Document type: Acquittance
Year: 1296
Scribe: Jaume de Malví
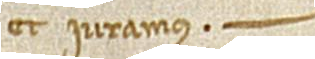
et iuramus.